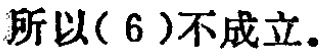
所以\((6)\)不成立。